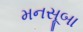
મનસૂબા